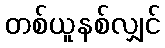
တစ်ယူနစ်လျှင်